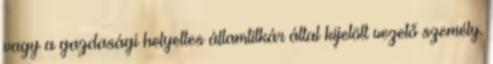
vagy a gazdasági helyettes államtitkár által kijelölt vezető személy.